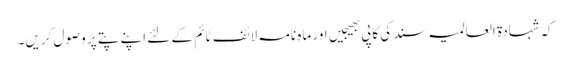
کہ شہادۃ العالمیہ سند کی کاپی بھیجیں اور ماہ نامہ لائف ٹائم کے لئے اپنے پتے پر وصول کریں۔